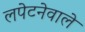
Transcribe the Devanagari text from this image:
लपेटनेवाले